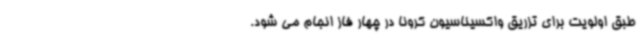
طبق اولویت برای تزریق واکسیناسیون کرونا در چهار فاز انجام می شود.